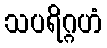
သပရိဂ္ဂဟံ